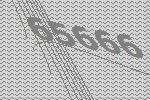
65666